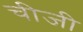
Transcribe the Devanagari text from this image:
चीजी